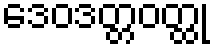
ဒေဝဒတ္တဝတ္ထု